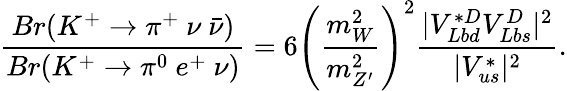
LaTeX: \frac{Br(K^{+}\rightarrow\pi^{+}\ \nu\ \bar{\nu})}{Br(K^{+}\rightarrow\pi^{0}\ e^{+}\ \nu)}=6\left(\frac{m_{W}^{2}}{m_{Z^{\prime}}^{2}}\right)^{2}\frac{|V_{Lbd}^{*D}V_{Lbs}^{D}|^{2}}{|V_{us}^{*}|^{2}}.